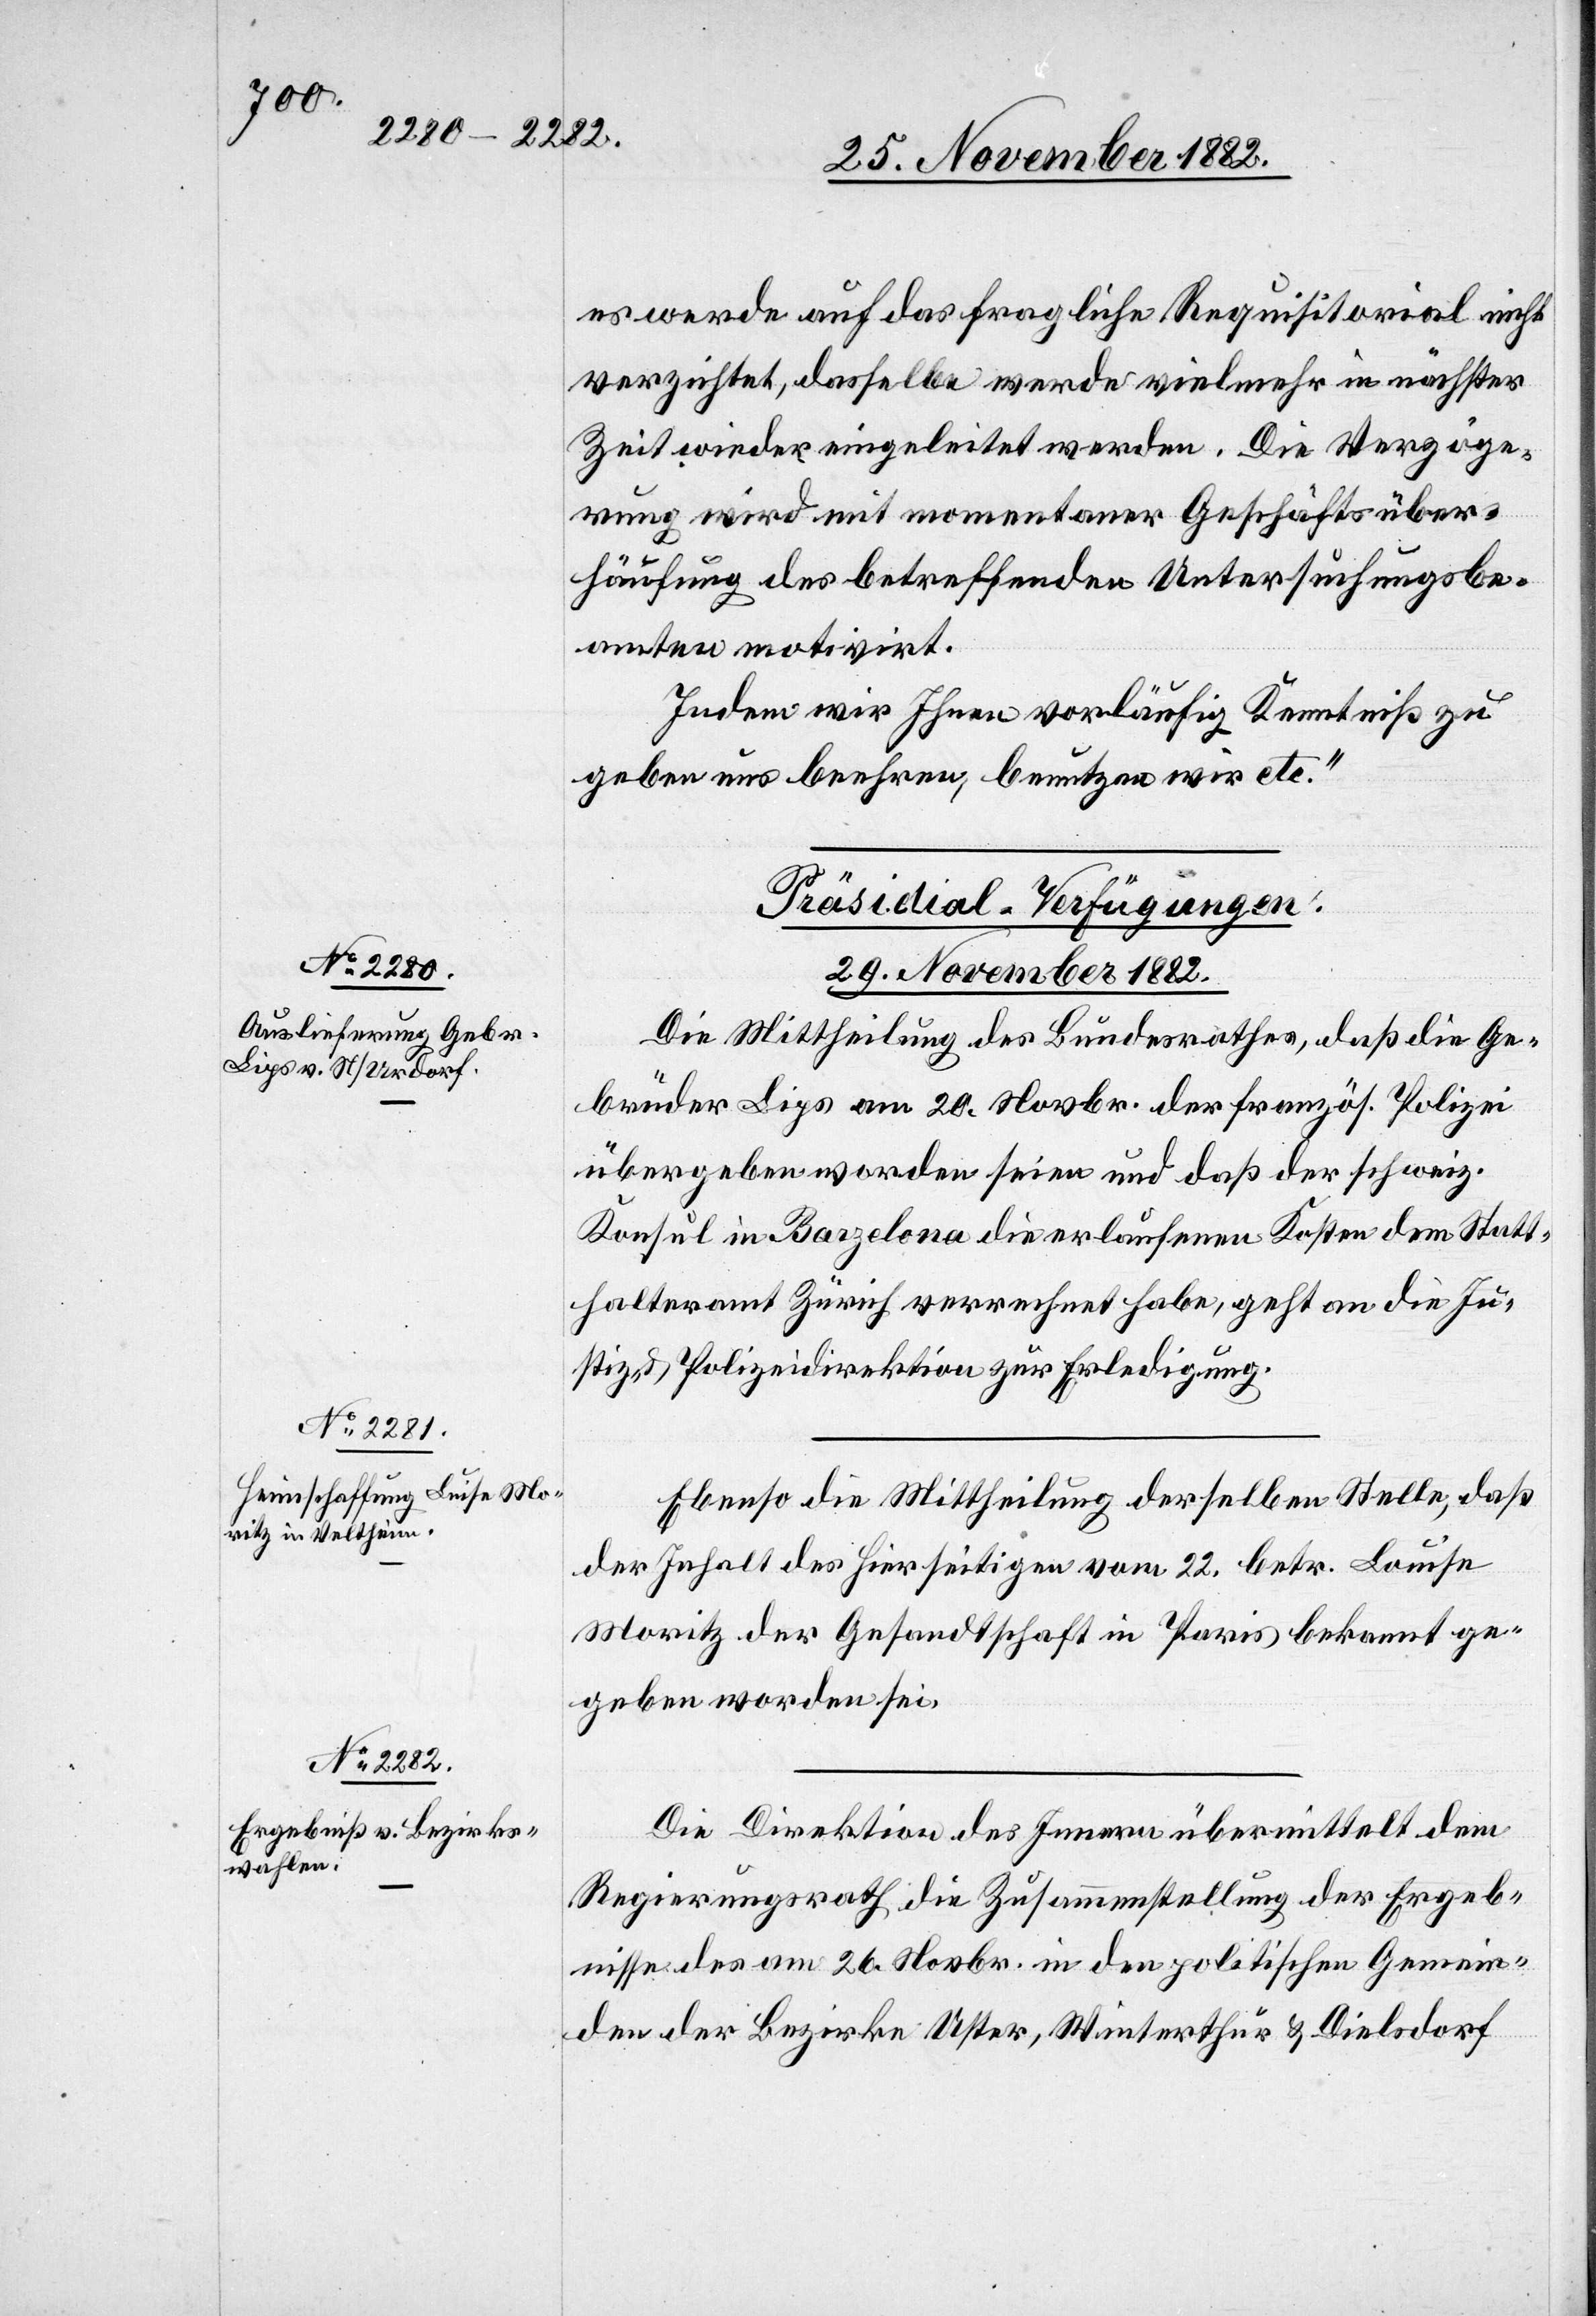
es werde auf das fragliche Requisitorial nicht
verzichtet, dasselbe werde vielmehr in nächster
Zeit wieder eingeleitet werden. Die Verzöge¬
rung wird mit momentaner Geschäftsüber¬
häufung des betreffenden Untersuchungsbe¬
amten motivirt.
Indem wir Ihnen vorläufig Kenntniß zu
geben uns beehren, benutzen wird etc.“
[Präsidial-Verfügungen.
29. November 1882.]
Die Mittheilung des Bundesrathes, daß die Ge¬
brüder Lips am 20. Novbr. der französ. Polizei
übergeben worden seien und daß der schweiz.
Konsul in Barzelona die erlaufenen Kosten dem Statt¬
halteramt Zürich verrechnet habe, geht an die Ju¬
stiz- & Polizeidirektion zur Erledigung.
Ebenso die Mittheilung derselben Stelle, daß
der Inhalt des Hierseitigen vom 22. betr. Louise
Moritz der Gesandtschaft in Paris bekannt ge¬
geben worden sei.
Die Direktion des Innern übermittelt dem
Regierungsrath die Zusammenstellung der Ergeb¬
nisse des am 26. Novbr. in den politischen Gemein¬
den der Bezirke Uster, Winterthur & Dielsdorf